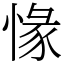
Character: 㥟